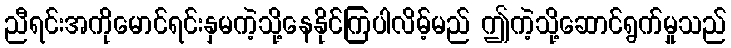
ညီရင်းအကိုမောင်ရင်းနှမကဲ့သို့နေနိုင်ကြပါလိမ့်မည် ဤကဲ့သို့ဆောင်ရွက်မှုသည်